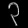
Digit: ၃